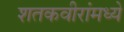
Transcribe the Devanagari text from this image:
शतकवीरांमध्ये